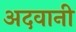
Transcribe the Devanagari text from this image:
अदवानी